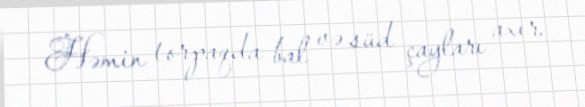
Həmin torpaqda bal və süd çayları axır.